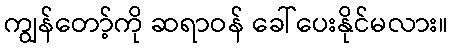
ကျွန်တော့်ကို ဆရာဝန် ခေါ်ပေးနိုင်မလား။